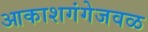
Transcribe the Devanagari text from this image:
आकाशगंगेजवळ